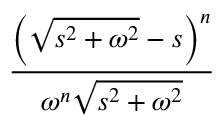
\frac { \left( { \sqrt { s ^ { 2 } + \omega ^ { 2 } } } - s \right) ^ { n } } { \omega ^ { n } { \sqrt { s ^ { 2 } + \omega ^ { 2 } } } }